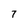
Character: 7